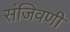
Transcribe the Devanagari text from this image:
संजिवणी